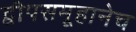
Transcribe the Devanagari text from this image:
द्वीपसमूहानेच